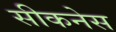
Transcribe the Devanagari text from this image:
सीकनेस